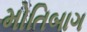
મોતિબાગ